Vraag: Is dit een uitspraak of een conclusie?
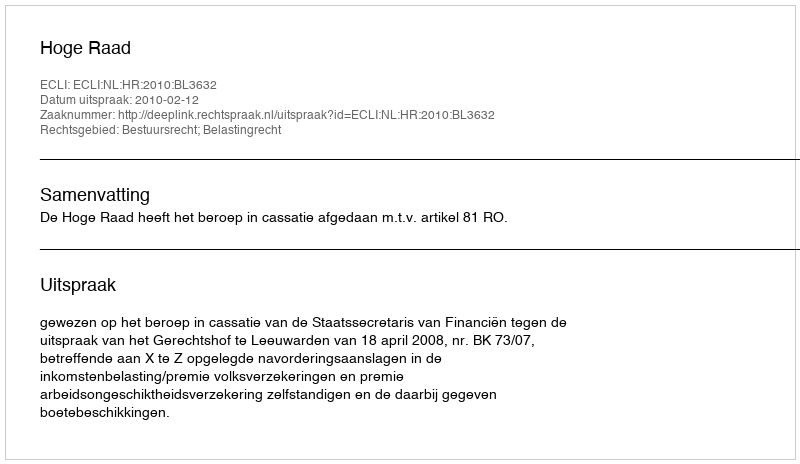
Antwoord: Uitspraak